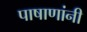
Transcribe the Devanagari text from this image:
पाषाणांनी